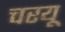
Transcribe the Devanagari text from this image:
चरयू